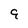
Character: 9